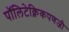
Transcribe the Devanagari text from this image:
पॉलिटेक्निकपणजी